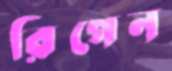
রিগেন